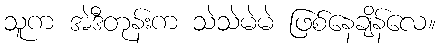
သူက အဲဒီတုန်းက သဲသဲမဲမဲ ဖြစ်နေချိန်လေ။